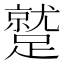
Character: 蹵